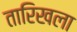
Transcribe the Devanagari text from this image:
तारिखला